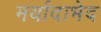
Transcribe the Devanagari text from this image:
मर्यादाभेद